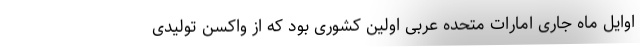
اوایل ماه جاری امارات متحده عربی اولین کشوری بود که از واکسن تولیدی